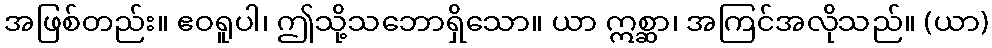
အဖြစ်တည်း။ ဧဝရူပါ၊ ဤသို့သဘောရှိသော။ ယာ ဣစ္ဆာ၊ အကြင်အလိုသည်။ (ယာ)